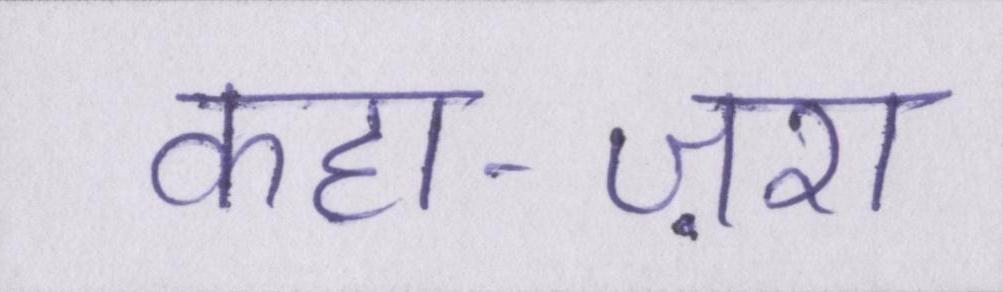
कहा-ज़रा